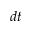
d t